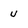
Character: u